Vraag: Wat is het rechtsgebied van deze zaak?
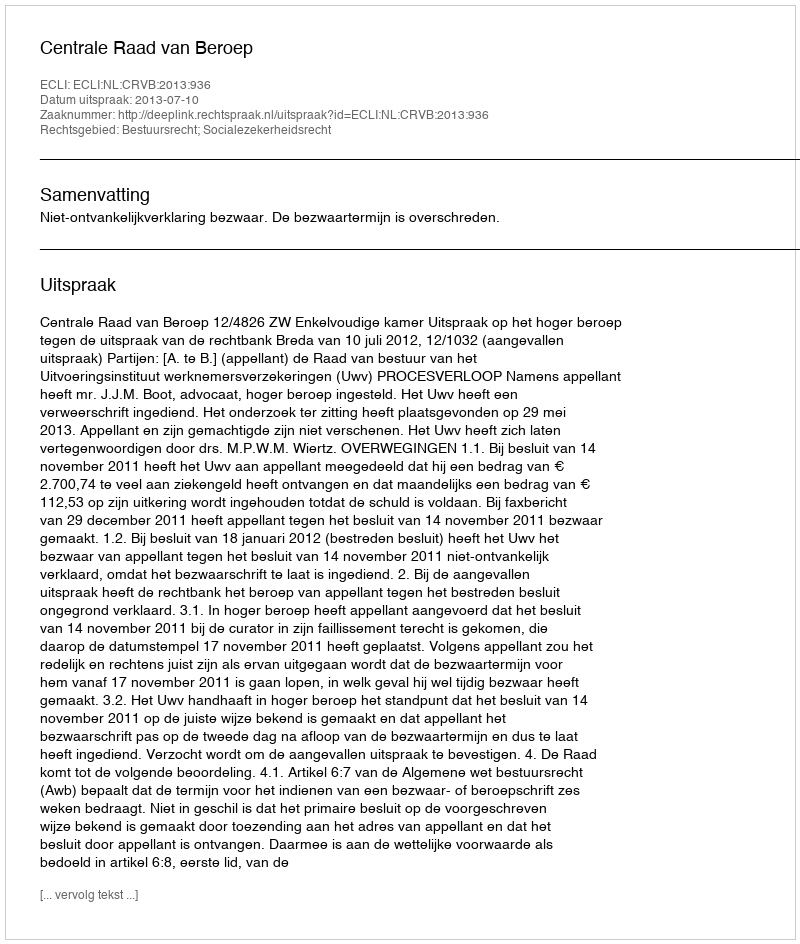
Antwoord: Bestuursrecht; Socialezekerheidsrecht